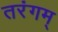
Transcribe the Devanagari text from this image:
तरंगम्